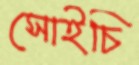
সোইচি